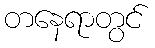
တနေရာတွင်